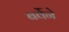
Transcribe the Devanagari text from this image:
बर्वेने